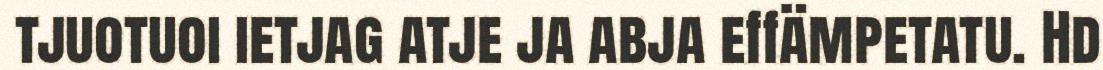
tjuotuoi ietjag atje ja abja effämpetatu. Hd